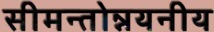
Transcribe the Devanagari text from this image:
सीमन्तोन्नयनीय